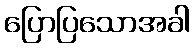
ပြောပြသောအခါ